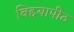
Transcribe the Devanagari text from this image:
विद्दयापीठ